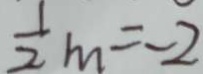
\frac { 1 } { 2 } m = - 2